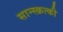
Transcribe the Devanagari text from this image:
सान्स्क्रत्की